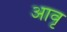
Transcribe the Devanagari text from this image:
आवृ